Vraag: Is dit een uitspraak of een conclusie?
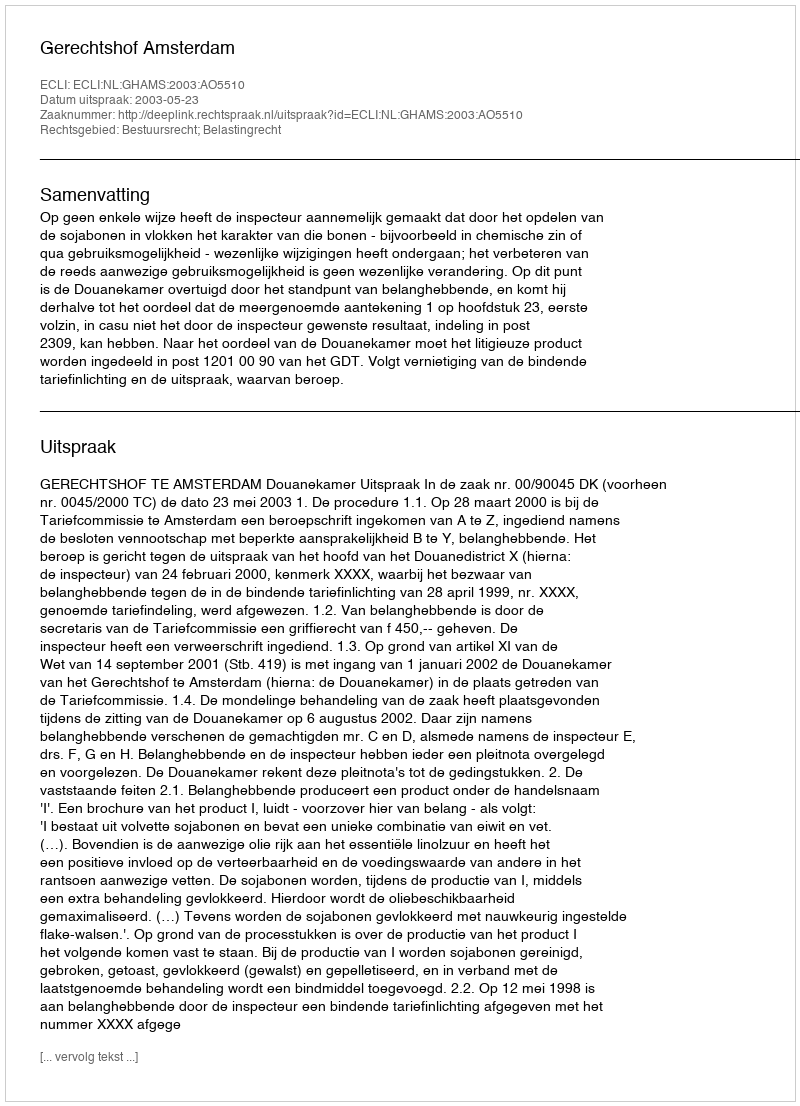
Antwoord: Uitspraak